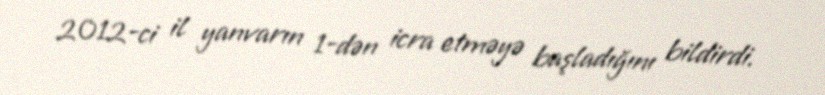
2012-ci il yanvarın 1-dən icra etməyə başladığını bildirdi.